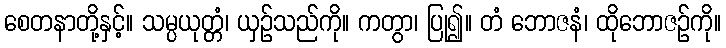
စေတနာတို့နှင့်။ သမ္ပယုတ္တံ၊ ယှဉ်သည်ကို။ ကတွာ၊ ပြု၍။ တံ ဘောဇနံ၊ ထိုဘောဇဉ်ကို။